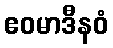
ဧဝမာဒီနဝံ